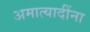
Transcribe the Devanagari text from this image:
अमात्यादींना